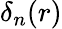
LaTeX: \delta_{n}(r)